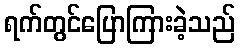
ရက်တွင်ပြောကြားခဲ့သည်